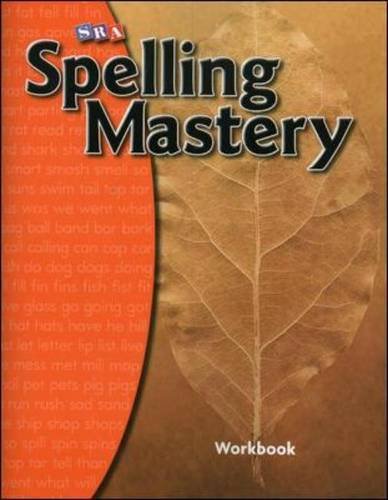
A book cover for SRA Spelling Mastery: Level A; Robert Dixon; Reference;